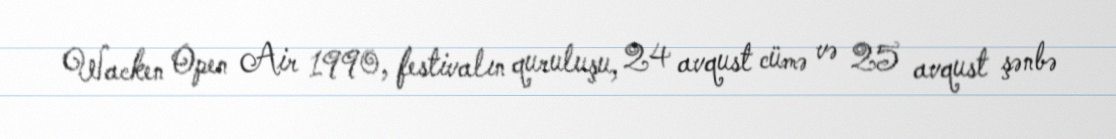
Wacken Open Air 1990, festivalın quruluşu, 24 avqust cümə və 25 avqust şənbə